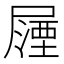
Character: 𭕵